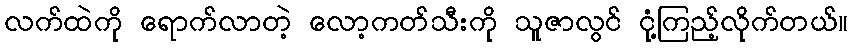
လက်ထဲကို ရောက်လာတဲ့ လော့ကတ်သီးကို သူဇာလွင် ငုံ့ကြည့်လိုက်တယ်။